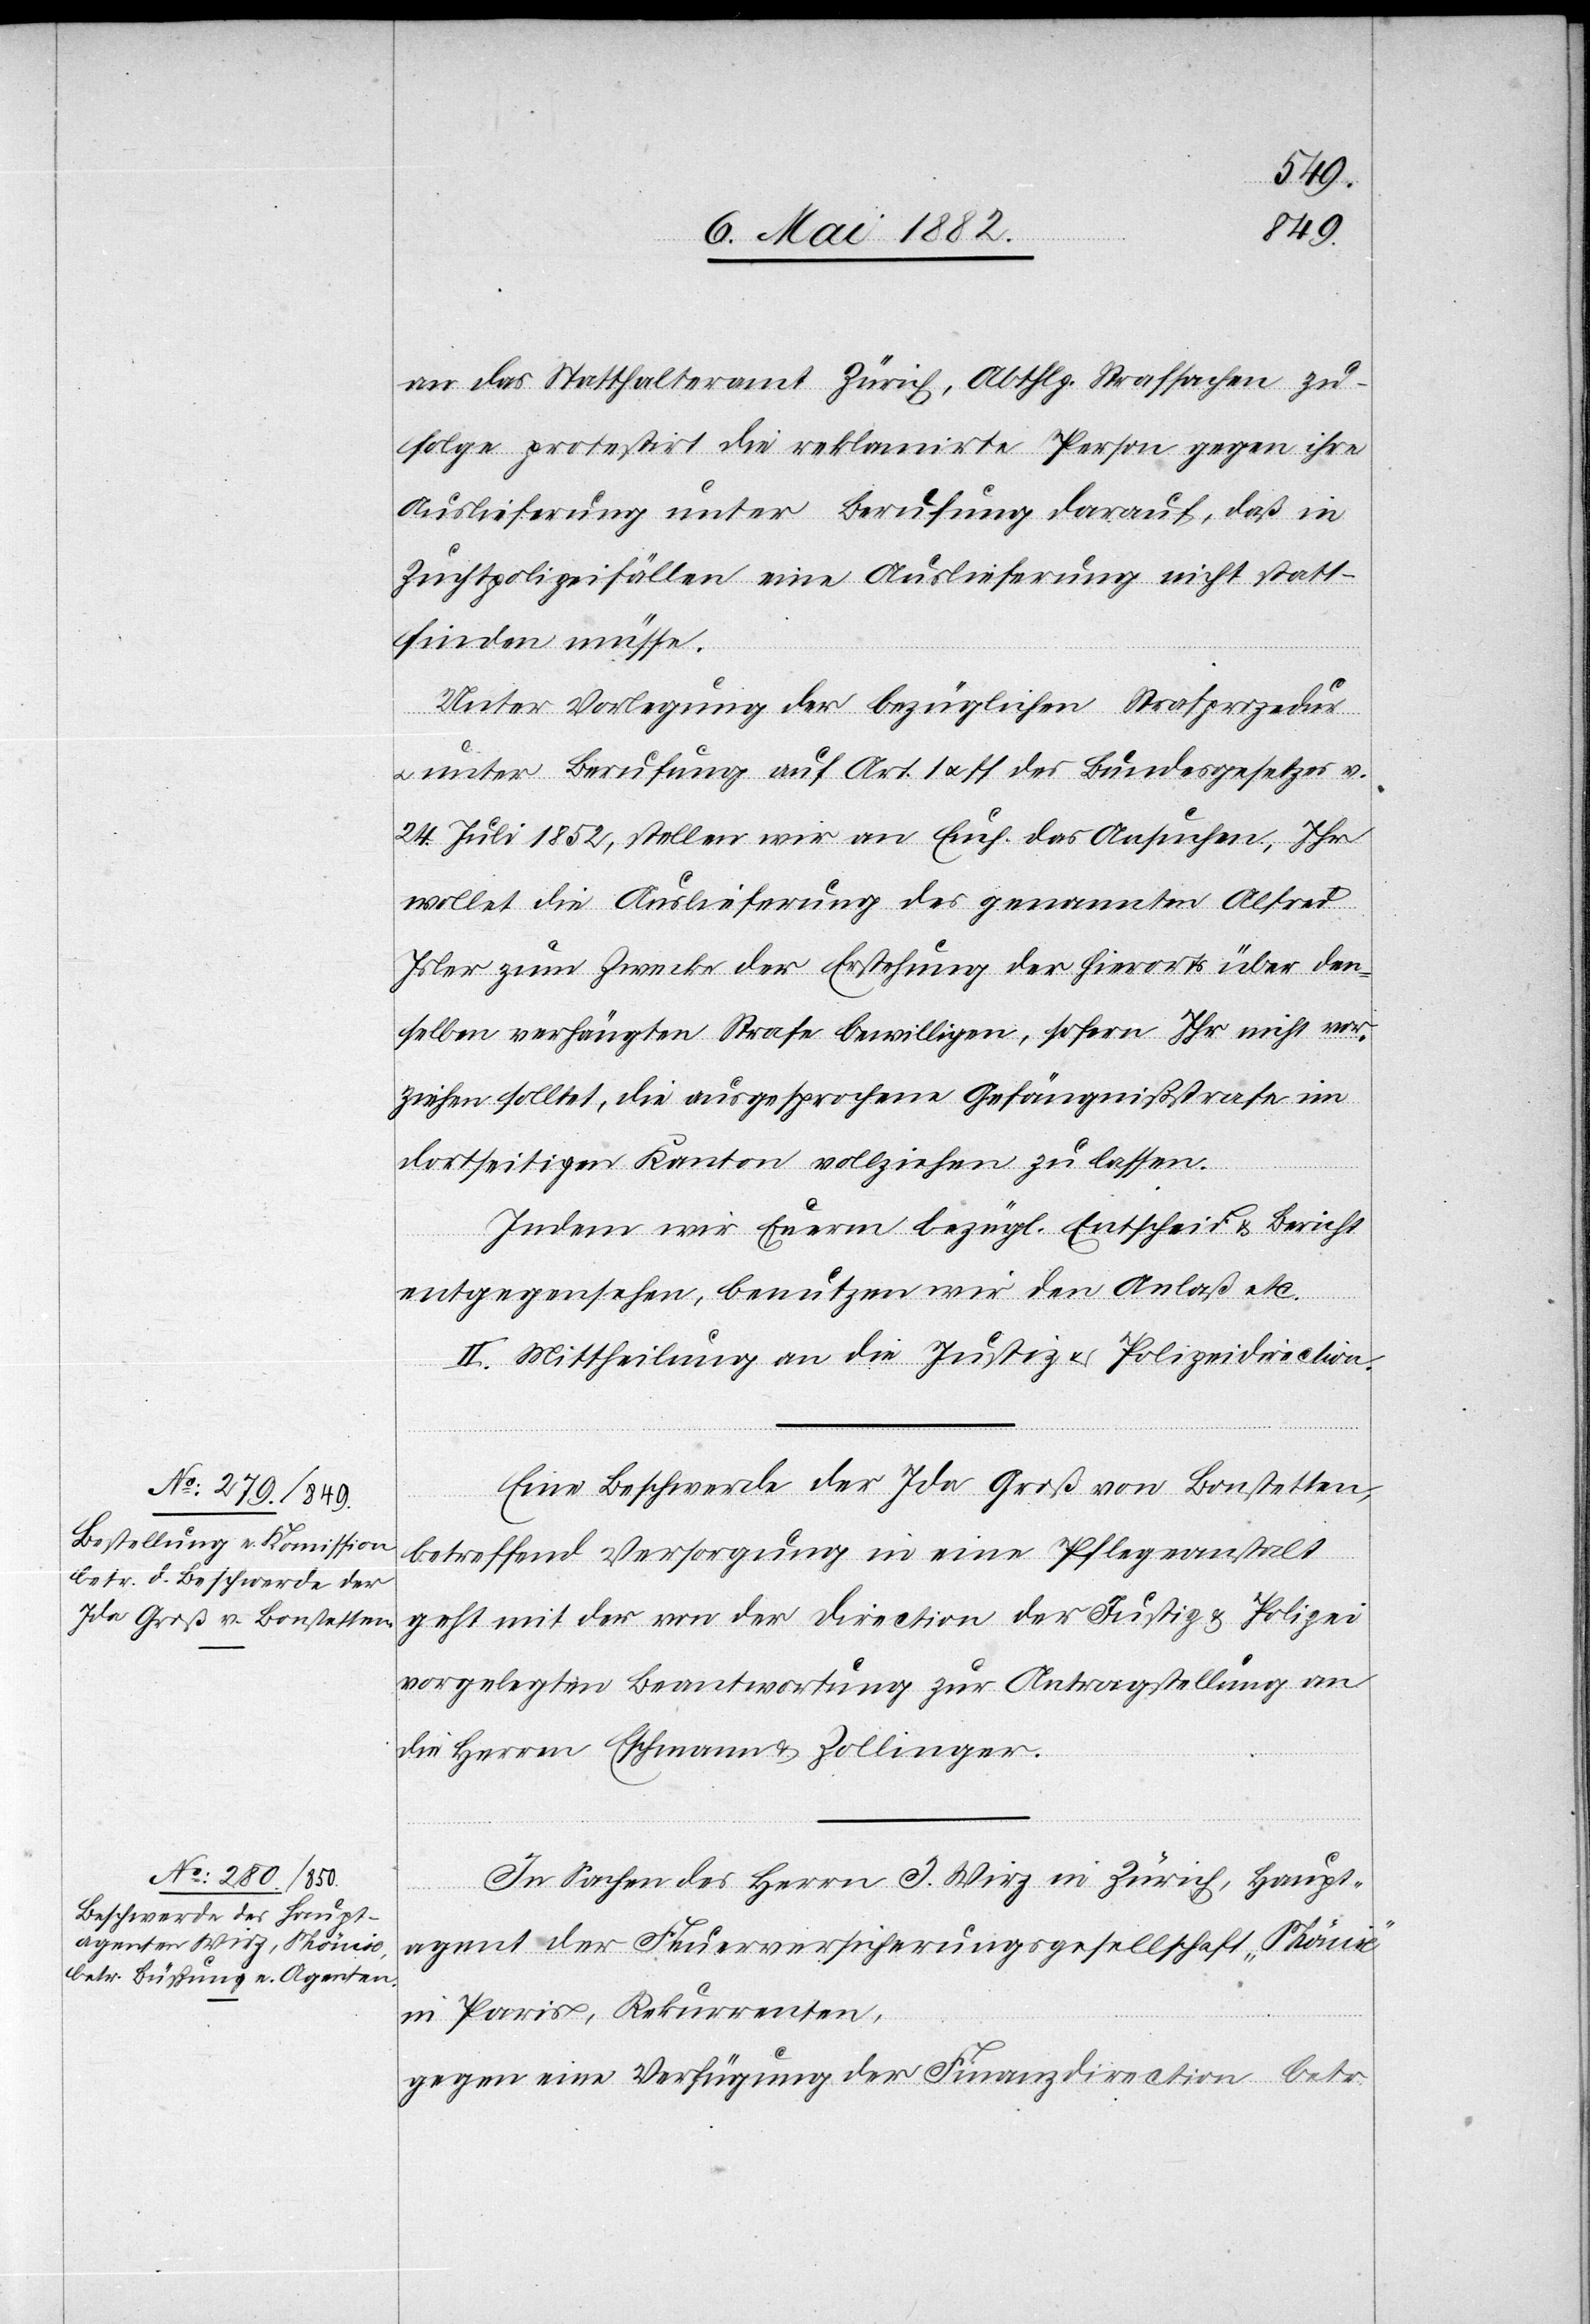
an das Statthalteramt Zürich, Abth. Strafsachen zu¬
folge protestirt die reklamirte Person gegen ihre
Auslieferung unter Berufung darauf, daß in
Zuchtpolizeifällen eine Auslieferung nicht statt¬
finden müsse.
Unter Vorlegung der bezüglichen Strafprozedur
u. unter Berufung auf Art. 1 & ff des Bundesgesetzes v.
24. Juli 1852, stellen wir an Euch das Ansuchen, Ihr
wollet die Auslieferung des genannten Alfred
Isler zum Zwecke der Erstehung der hierorts über den¬
selben verhängten Strafe bewilligen, sofern Ihr nicht vor¬
ziehen solltet, die ausgesetzte Gefägnißstrafe im
dortseitigen Kanton vollziehen zu lassen.
Indem wir Euerm bezügl. Entscheid & Bericht
entgegensehen, benutzen wir den Anlaß etc.“
II. Mittheilung an die Justiz[-] & Polizeidirection.
Eine Beschwerde der Ida Groß von Bonstetten,
betreffend Versorgung in eine Pflegeanstalt
geht mit der von der Direction der Justiz & Polizei
vorgelegten Beantwortung zur Antragstellung an
die Herren Eschmann & Zollinger.
In Sachen des Herrn J. Wirz in Zürich, Haupt¬
agent der Feuerversicherungsgesellschaft „Phönix“
in Paris, Rekurrenten,
gegen eine Verfügung der Finanzdirection betr.